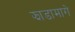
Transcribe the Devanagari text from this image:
झाडामागे